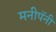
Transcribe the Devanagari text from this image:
मनीपॅनी